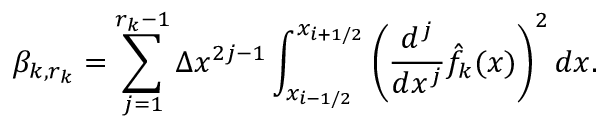
\beta _ { k , r _ { k } } = \sum _ { j = 1 } ^ { r _ { k } - 1 } \Delta x ^ { 2 j - 1 } \int _ { x _ { i - 1 / 2 } } ^ { x _ { i + 1 / 2 } } \left( \frac { d ^ { j } } { d x ^ { j } } \hat { f } _ { k } ( x ) \right) ^ { 2 } d x .